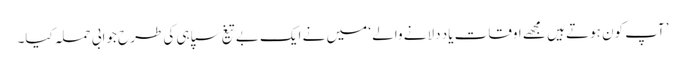
’آپ کون ہوتے ہیں مجھے اوقات یاد دلانے والے ‘ میں نے ایک بے تیغ سپاہی کی طرح جوابی حملہ کیا۔